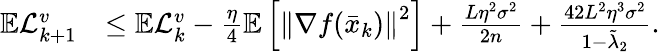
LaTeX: \begin{array}{rl}{\mathbb{E}\mathcal{L}_{k+1}^{v}}&{\leq\mathbb{E}\mathcal{L}_{k}^{v}-\frac{\eta}{4}\mathbb{E}\left[\left\Vert\nabla f(\bar{x}_{k})\right\Vert^{2}\right]+\frac{L\eta^{2}\sigma^{2}}{2n}+\frac{42L^{2}\eta^{3}\sigma^{2}}{1-\tilde{\lambda}_{2}}.}\end{array}